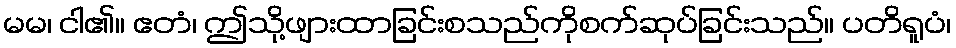
မမ၊ ငါ၏။ ဧတံ၊ ဤသို့ဖျားထာခြင်းစသည်ကိုစက်ဆုပ်ခြင်းသည်။ ပတိရူပံ၊